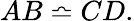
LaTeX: AB\bumpeq CD.